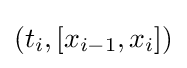
(t_{i},[x_{i-1},x_{i}])